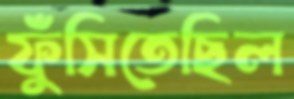
ফুঁসিতেছিল